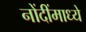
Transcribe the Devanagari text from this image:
नोंदींमाध्ये